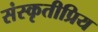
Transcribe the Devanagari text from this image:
संस्कृतीप्रिय